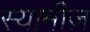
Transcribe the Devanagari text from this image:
स्यामीज़